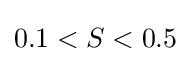
0.1<S<0.5